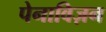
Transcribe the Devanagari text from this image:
पेनाविज़न